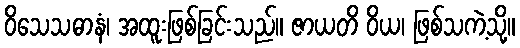
ဝိသေသဓာနံ၊ အထူးဖြစ်ခြင်းသည်။ ဇာယတိ ဝိယ၊ ဖြစ်သကဲ့သို့။